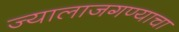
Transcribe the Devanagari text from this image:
ज्यालाजगण्याचा